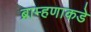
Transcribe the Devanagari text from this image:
ब्राम्हणाकडे